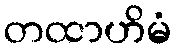
တထာဟိမံ